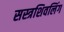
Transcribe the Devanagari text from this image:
सस्त्रशिवलिंग